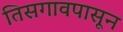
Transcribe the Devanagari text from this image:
तिसगावपासून